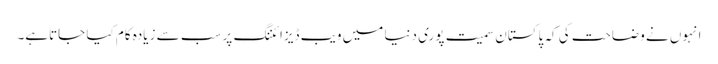
انہوں نے وضاحت کی کہ پاکستان سمیت پوری دنیا میں ویب ڈیزائننگ پر سب سے زیادہ کام کیا جاتاہے۔